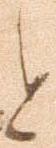
と